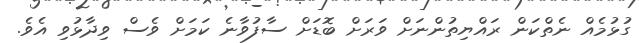
ގުޅުމެއް ނެތްކަން ރައްޔިތުންނަށް ވަރަށް ބޮޑަށް ސާފުވާނެ ކަމަށް ވެސް ވިދާޅުވި އެވެ.